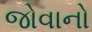
જોવાનો